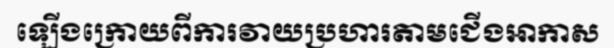
ឡើងក្រោយពីការវាយប្រហារតាមជើងអាកាស